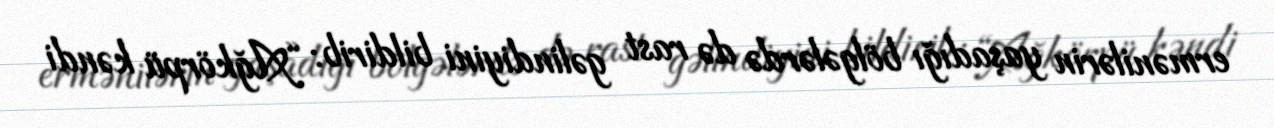
ermənilərin yaşadığı bölgələrdə də rast gəlindiyini bildirib: “Ağkörpü kəndi